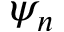
\psi _ { n }